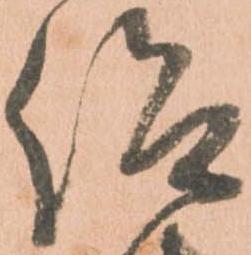
仰